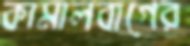
কামালবাগের